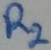
Text: R2